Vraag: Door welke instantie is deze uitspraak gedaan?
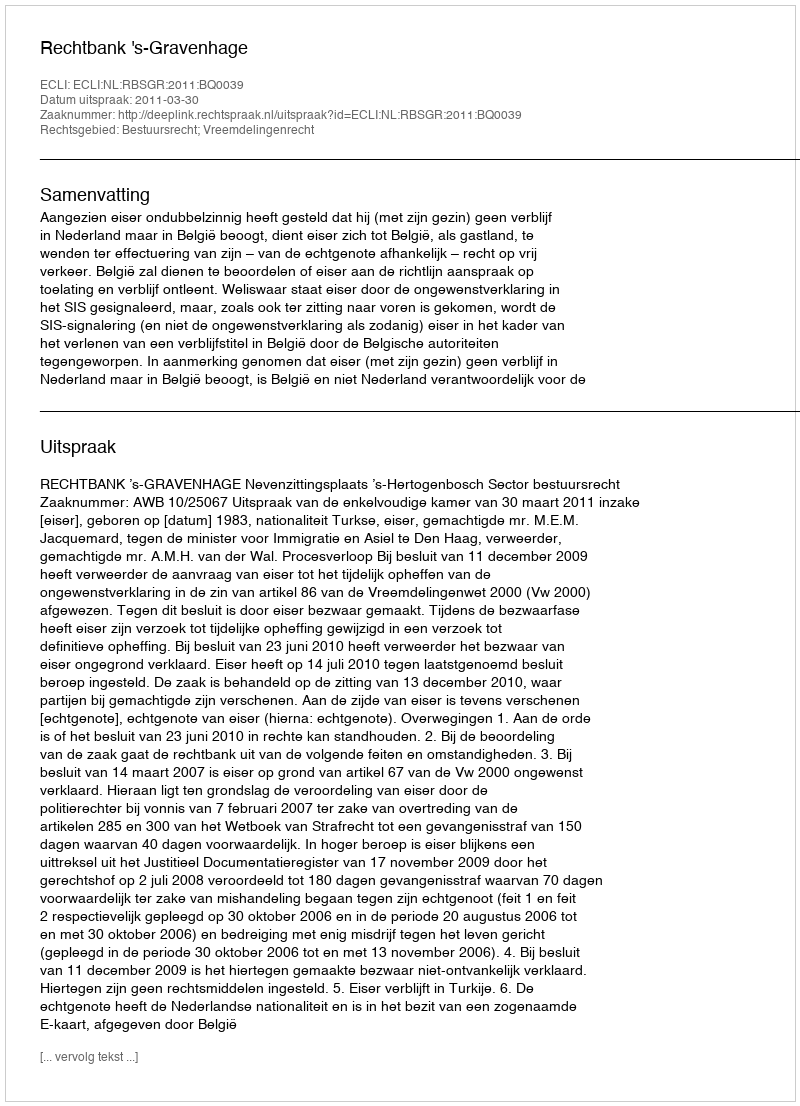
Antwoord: Rechtbank 's-Gravenhage